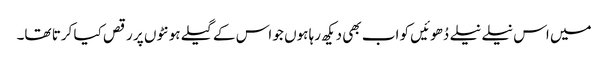
میں اس نیلے نیلے دُھوئیں کو اب بھی دیکھ رہا ہوں جو اس کے گیلے ہونٹوں پر رقص کیا کرتا تھا۔